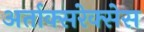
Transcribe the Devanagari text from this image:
अर्ताक्सरेक्सेस